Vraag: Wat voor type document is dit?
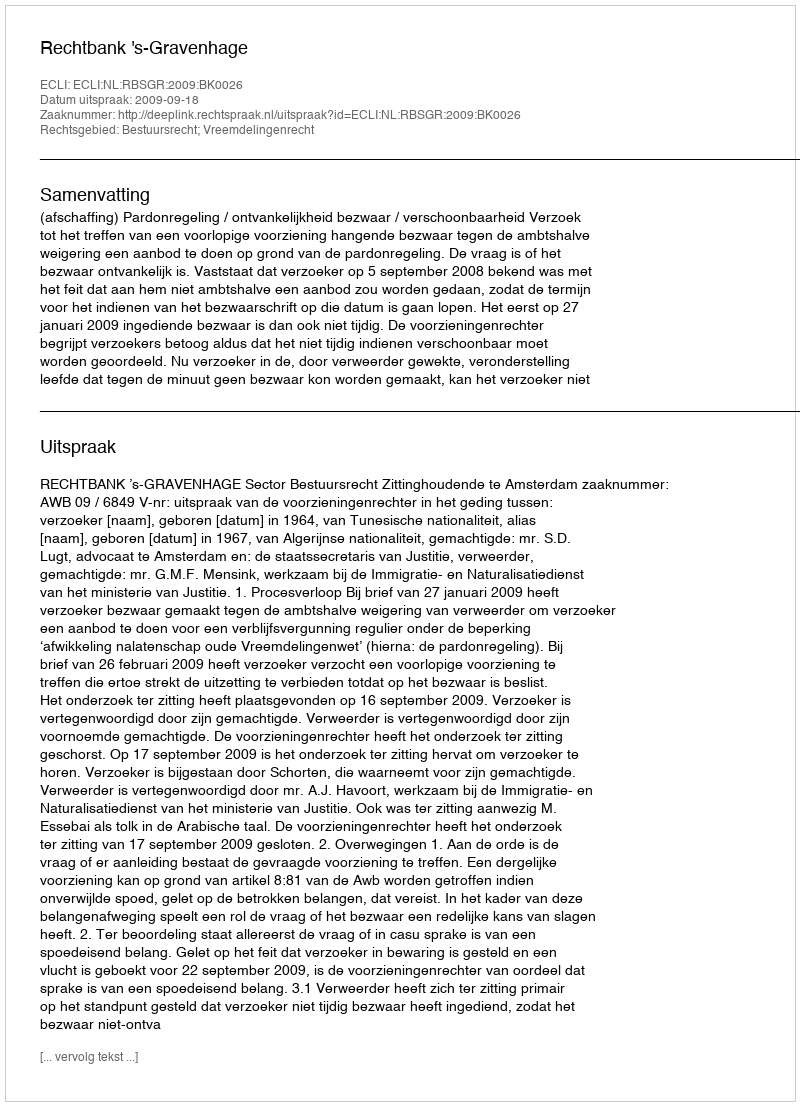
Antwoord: Uitspraak